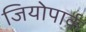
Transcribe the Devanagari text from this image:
जियोपार्क